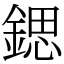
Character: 鍶